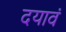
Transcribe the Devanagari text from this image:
दयावं